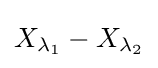
X_{\lambda _{1}}-X_{\lambda _{2}}